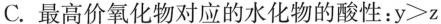
C.最高价氧化物对应的水化物的酸性：y>z